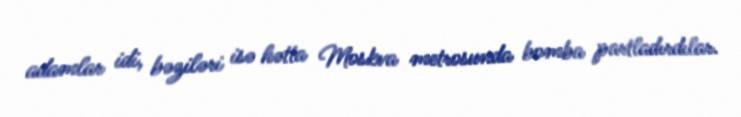
adamlar idi, bəziləri isə hətta Moskva metrosunda bomba partladırdılar.